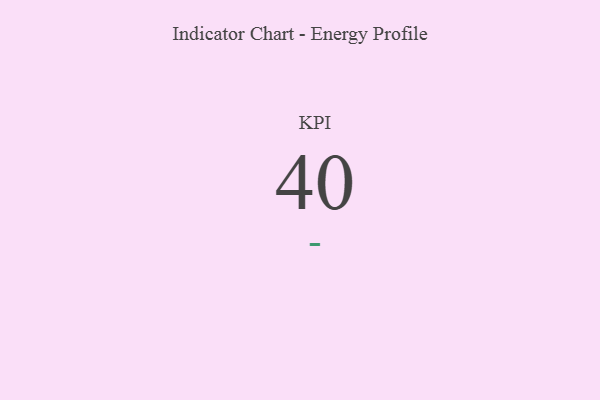
{"axis": {"x": "KPI", "y": "Value"}, "legend": [""], "data": [{"x": "KPI", "y": 40, "type": ""}]}